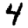
Digit: 4